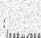
: